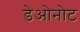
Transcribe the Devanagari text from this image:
डेओनोट